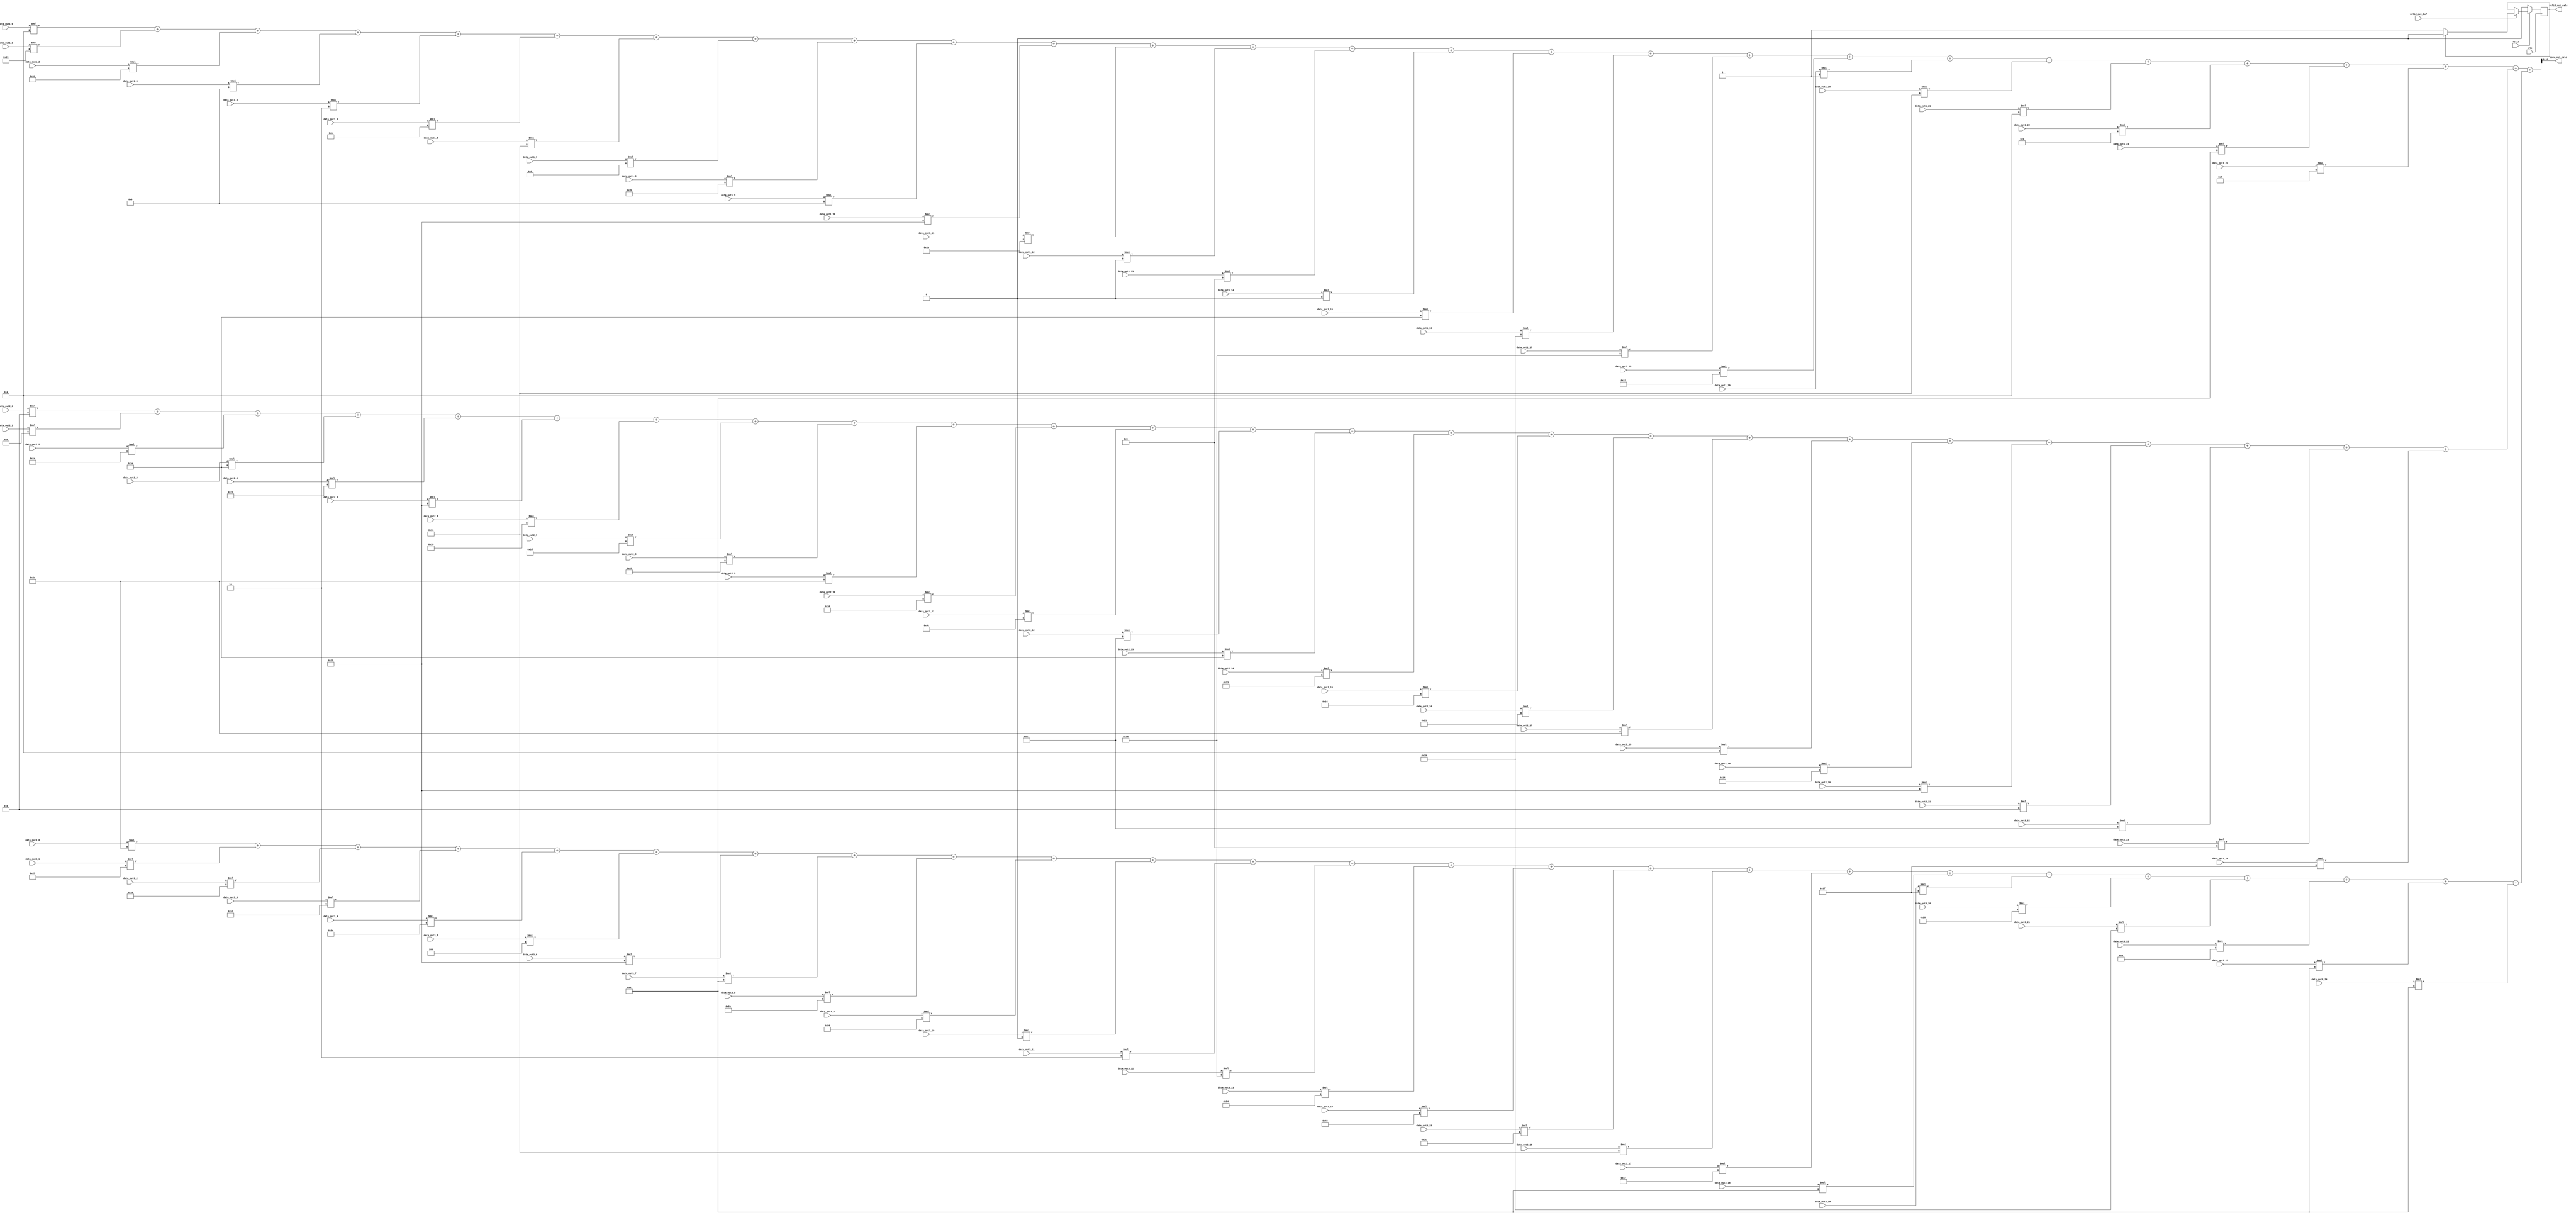
`timescale 1ns / 1ps

//  Design     : 2nd Convolution Layer for CNN MNIST dataset
//               Convolution Sum Calculation - 1st Channel

 module conv2_calc_3(
	input clk,
    input rst_n,
    input valid_out_buf,
	input signed [11:0] data_out1_0, data_out1_1, data_out1_2, data_out1_3, data_out1_4,
	  data_out1_5, data_out1_6, data_out1_7, data_out1_8, data_out1_9,
	  data_out1_10, data_out1_11, data_out1_12, data_out1_13, data_out1_14,
	  data_out1_15, data_out1_16, data_out1_17, data_out1_18, data_out1_19,
	  data_out1_20, data_out1_21, data_out1_22, data_out1_23, data_out1_24,
	
	  data_out2_0, data_out2_1, data_out2_2, data_out2_3, data_out2_4,
	  data_out2_5, data_out2_6, data_out2_7, data_out2_8, data_out2_9,
	  data_out2_10, data_out2_11, data_out2_12, data_out2_13, data_out2_14,
	  data_out2_15, data_out2_16, data_out2_17, data_out2_18, data_out2_19,
	  data_out2_20, data_out2_21, data_out2_22, data_out2_23, data_out2_24,
	
	  data_out3_0, data_out3_1, data_out3_2, data_out3_3, data_out3_4,
	  data_out3_5, data_out3_6, data_out3_7, data_out3_8, data_out3_9,
	  data_out3_10, data_out3_11, data_out3_12, data_out3_13, data_out3_14,
	  data_out3_15, data_out3_16, data_out3_17, data_out3_18, data_out3_19,
	  data_out3_20, data_out3_21, data_out3_22, data_out3_23, data_out3_24,

	output [13:0] conv_out_calc,
  	output reg valid_out_calc
);

wire signed [19:0] calc_out, calc_out_1, calc_out_2, calc_out_3;

wire signed [7:0] weight_1 [0:24];
wire signed [7:0] weight_2 [0:24];
wire signed [7:0] weight_3 [0:24];

assign weight_1[0] = 8'h04; //04
assign weight_1[1] = 8'he9;
assign weight_1[2] = 8'hf0;
assign weight_1[3] = 8'hf9;
assign weight_1[4] = 8'hfe;
assign weight_1[5] = 8'h0b;
assign weight_1[6] = 8'h16;
assign weight_1[7] = 8'h08;
assign weight_1[8] = 8'heb;
assign weight_1[9] = 8'hf9;
assign weight_1[10] = 8'h15;
assign weight_1[11] = 8'h1a;
assign weight_1[12] = 8'h00; //00
assign weight_1[13] = 8'h05;
assign weight_1[14] = 8'h00; //00
assign weight_1[15] = 8'h2e;
assign weight_1[16] = 8'h19;
assign weight_1[17] = 8'h10;
assign weight_1[18] = 8'h12;
assign weight_1[19] = 8'hff;
assign weight_1[20] = 8'h16;
assign weight_1[21] = 8'h04;
assign weight_1[22] = 8'hfd;
assign weight_1[23] = 8'hf8;
assign weight_1[24] = 8'h07;

assign weight_2[0] = 8'h02; //02;
assign weight_2[1] = 8'h0d;
assign weight_2[2] = 8'h1e;
assign weight_2[3] = 8'h2e;
assign weight_2[4] = 8'he3;
assign weight_2[5] = 8'h15;
assign weight_2[6] = 8'h18;
assign weight_2[7] = 8'h1d;
assign weight_2[8] = 8'h42;
assign weight_2[9] = 8'hea;
assign weight_2[10] = 8'he6;
assign weight_2[11] = 8'hcc;
assign weight_2[12] = 8'hf7;
assign weight_2[13] = 8'h2e;
assign weight_2[14] = 8'h13;
assign weight_2[15] = 8'he4;
assign weight_2[16] = 8'he1;
assign weight_2[17] = 8'hea;
assign weight_2[18] = 8'h04; //04
assign weight_2[19] = 8'h14;
assign weight_2[20] = 8'h15;
assign weight_2[21] = 8'h02; //02;
assign weight_2[22] = 8'hf7;
assign weight_2[23] = 8'h05;
assign weight_2[24] = 8'hdf;

assign weight_3[0] = 8'hea;
assign weight_3[1] = 8'he5;
assign weight_3[2] = 8'he8;
assign weight_3[3] = 8'hd2;
assign weight_3[4] = 8'hde;
assign weight_3[5] = 8'hfc;
assign weight_3[6] = 8'h15;
assign weight_3[7] = 8'hf8;
assign weight_3[8] = 8'hda;
assign weight_3[9] = 8'hd6;
assign weight_3[10] = 8'h00; //00
assign weight_3[11] = 8'hfe;
assign weight_3[12] = 8'h10;
assign weight_3[13] = 8'hd4;
assign weight_3[14] = 8'hc8;
assign weight_3[15] = 8'h1c;
assign weight_3[16] = 8'h16;
assign weight_3[17] = 8'h1f;
assign weight_3[18] = 8'hf8;
assign weight_3[19] = 8'hdf;
assign weight_3[20] = 8'h28;
assign weight_3[21] = 8'h19;
assign weight_3[22] = 8'h0a;
assign weight_3[23] = 8'hf8;
assign weight_3[24] = 8'hf8;



// integer is_fill = 0;

//always @(*) begin
//if(is_fill == 0) begin
////	$readmemh("C:/Users/DELL/Desktop/cnn/cnn.srcs/sources_1/new/data/conv2_weight_31.txt", weight_1);
////	$readmemh("C:/Users/DELL/Desktop/cnn/cnn.srcs/sources_1/new/data/conv2_weight_32.txt", weight_2);
////	$readmemh("C:/Users/DELL/Desktop/cnn/cnn.srcs/sources_1/new/data/conv2_weight_33.txt", weight_3);

//weight_1[0] <= 8'h04;
//weight_1[1] <= 8'he9;
//weight_1[2] <= 8'hf0;
//weight_1[3] <= 8'hf9;
//weight_1[4] <= 8'hfe;
//weight_1[5] <= 8'h0b;
//weight_1[6] <= 8'h16;
//weight_1[7] <= 8'h08;
//weight_1[8] <= 8'heb;
//weight_1[9] <= 8'hf9;
//weight_1[10] <= 8'h15;
//weight_1[11] <= 8'h1a;
//weight_1[12] <= 8'h00;
//weight_1[13] <= 8'h05;
//weight_1[14] <= 8'h00;
//weight_1[15] <= 8'h2e;
//weight_1[16] <= 8'h19;
//weight_1[17] <= 8'h10;
//weight_1[18] <= 8'h12;
//weight_1[19] <= 8'hff;
//weight_1[20] <= 8'h16;
//weight_1[21] <= 8'h04;
//weight_1[22] <= 8'hfd;
//weight_1[23] <= 8'hf8;
//weight_1[24] <= 8'h07;

//weight_2[0] <= 8'h02;
//weight_2[1] <= 8'h0d;
//weight_2[2] <= 8'h1e;
//weight_2[3] <= 8'h2e;
//weight_2[4] <= 8'he3;
//weight_2[5] <= 8'h15;
//weight_2[6] <= 8'h18;
//weight_2[7] <= 8'h1d;
//weight_2[8] <= 8'h42;
//weight_2[9] <= 8'hea;
//weight_2[10] <= 8'he6;
//weight_2[11] <= 8'hcc;
//weight_2[12] <= 8'hf7;
//weight_2[13] <= 8'h2e;
//weight_2[14] <= 8'h13;
//weight_2[15] <= 8'he4;
//weight_2[16] <= 8'he1;
//weight_2[17] <= 8'hea;
//weight_2[18] <= 8'h04;
//weight_2[19] <= 8'h14;
//weight_2[20] <= 8'h15;
//weight_2[21] <= 8'h02;
//weight_2[22] <= 8'hf7;
//weight_2[23] <= 8'h05;
//weight_2[24] <= 8'hdf;

//weight_3[0] <= 8'hea;
//weight_3[1] <= 8'he5;
//weight_3[2] <= 8'he8;
//weight_3[3] <= 8'hd2;
//weight_3[4] <= 8'hde;
//weight_3[5] <= 8'hfc;
//weight_3[6] <= 8'h15;
//weight_3[7] <= 8'hf8;
//weight_3[8] <= 8'hda;
//weight_3[9] <= 8'hd6;
//weight_3[10] <= 8'h00;
//weight_3[11] <= 8'hfe;
//weight_3[12] <= 8'h10;
//weight_3[13] <= 8'hd4;
//weight_3[14] <= 8'hc8;
//weight_3[15] <= 8'h1c;
//weight_3[16] <= 8'h16;
//weight_3[17] <= 8'h1f;
//weight_3[18] <= 8'hf8;
//weight_3[19] <= 8'hdf;
//weight_3[20] <= 8'h28;
//weight_3[21] <= 8'h19;
//weight_3[22] <= 8'h0a;
//weight_3[23] <= 8'hf8;
//weight_3[24] <= 8'hf8;

//is_fill <= 1;

//end
//end

assign calc_out_1 = data_out1_0*weight_1[0] + data_out1_1*weight_1[1] + data_out1_2*weight_1[2] + data_out1_3*weight_1[3] + data_out1_4*weight_1[4] + 
					data_out1_5*weight_1[5] + data_out1_6*weight_1[6] + data_out1_7*weight_1[7] + data_out1_8*weight_1[8] + data_out1_9*weight_1[9] + 
					data_out1_10*weight_1[10] + data_out1_11*weight_1[11] + data_out1_12*weight_1[12] + data_out1_13*weight_1[13] + data_out1_14*weight_1[14] + 
					data_out1_15*weight_1[15] + data_out1_16*weight_1[16] + data_out1_17*weight_1[17] + data_out1_18*weight_1[18] + data_out1_19*weight_1[19] + 
					data_out1_20*weight_1[20] + data_out1_21*weight_1[21] + data_out1_22*weight_1[22] + data_out1_23*weight_1[23] + data_out1_24*weight_1[24];

assign calc_out_2 = data_out2_0*weight_2[0] + data_out2_1*weight_2[1] + data_out2_2*weight_2[2] + data_out2_3*weight_2[3] + data_out2_4*weight_2[4] + 
					data_out2_5*weight_2[5] + data_out2_6*weight_2[6] + data_out2_7*weight_2[7] + data_out2_8*weight_2[8] + data_out2_9*weight_2[9] + 
					data_out2_10*weight_2[10] + data_out2_11*weight_2[11] + data_out2_12*weight_2[12] + data_out2_13*weight_2[13] + data_out2_14*weight_2[14] + 
					data_out2_15*weight_2[15] + data_out2_16*weight_2[16] + data_out2_17*weight_2[17] + data_out2_18*weight_2[18] + data_out2_19*weight_2[19] + 
					data_out2_20*weight_2[20] + data_out2_21*weight_2[21] + data_out2_22*weight_2[22] + data_out2_23*weight_2[23] + data_out2_24*weight_2[24];

assign calc_out_3 = data_out3_0*weight_3[0] + data_out3_1*weight_3[1] + data_out3_2*weight_3[2] + data_out3_3*weight_3[3] + data_out3_4*weight_3[4] + 
					data_out3_5*weight_3[5] + data_out3_6*weight_3[6] + data_out3_7*weight_3[7] + data_out3_8*weight_3[8] + data_out3_9*weight_3[9] + 
					data_out3_10*weight_3[10] + data_out3_11*weight_3[11] + data_out3_12*weight_3[12] + data_out3_13*weight_3[13] + data_out3_14*weight_3[14] + 
					data_out3_15*weight_3[15] + data_out3_16*weight_3[16] + data_out3_17*weight_3[17] + data_out3_18*weight_3[18] + data_out3_19*weight_3[19] + 
					data_out3_20*weight_3[20] + data_out3_21*weight_3[21] + data_out3_22*weight_3[22] + data_out3_23*weight_3[23] + data_out3_24*weight_3[24];

assign calc_out = calc_out_1 + calc_out_2 + calc_out_3;

//reg signed [19:0] calc_out, calc_out_1, calc_out_2, calc_out_3;

assign conv_out_calc = calc_out[19:6]; // 14bit

always @ (posedge clk) begin
	if(~rst_n) begin
		valid_out_calc <= 0;
    //conv_out_calc <= 0;
	end
	else begin
		// Toggling Valid Output Signal
		if(valid_out_buf == 1) begin
			if(valid_out_calc == 1)
				valid_out_calc <= 0;
			else
				valid_out_calc <= 1;
		end
	end
end

//integer state;
//always @ (posedge clk) begin
//	if(~rst_n) begin
//	   valid_out_calc <= 0;
//	   state <= 0;
//    //conv_out_calc <= 0;
//	   end
//	else begin
//		// Toggling Valid Output Signal
//	   if(valid_out_buf == 1) begin
//	       if(valid_out_calc == 1) begin
//	           valid_out_calc <= 0;
//	           state <= 0;
//	           end
//	       else if (state == 0) begin
//	           calc_out_1 <= data_out1_0*weight_1[0] + data_out1_1*weight_1[1] + data_out1_2*weight_1[2] + data_out1_3*weight_1[3] + data_out1_4*weight_1[4] + 
//                               data_out1_5*weight_1[5] + data_out1_6*weight_1[6] + data_out1_7*weight_1[7] + data_out1_8*weight_1[8] + data_out1_9*weight_1[9] + 
//                               data_out1_10*weight_1[10] + data_out1_11*weight_1[11] + data_out1_12*weight_1[12] + data_out1_13*weight_1[13] + data_out1_14*weight_1[14] + 
//                               data_out1_15*weight_1[15] + data_out1_16*weight_1[16] + data_out1_17*weight_1[17] + data_out1_18*weight_1[18] + data_out1_19*weight_1[19] + 
//                               data_out1_20*weight_1[20] + data_out1_21*weight_1[21] + data_out1_22*weight_1[22] + data_out1_23*weight_1[23] + data_out1_24*weight_1[24];
//	           state <= 1;
//	           end
//	       else if (state == 1) begin
//               calc_out_2 <= data_out2_0*weight_2[0] + data_out2_1*weight_2[1] + data_out2_2*weight_2[2] + data_out2_3*weight_2[3] + data_out2_4*weight_2[4] + 
//                               data_out2_5*weight_2[5] + data_out2_6*weight_2[6] + data_out2_7*weight_2[7] + data_out2_8*weight_2[8] + data_out2_9*weight_2[9] + 
//                               data_out2_10*weight_2[10] + data_out2_11*weight_2[11] + data_out2_12*weight_2[12] + data_out2_13*weight_2[13] + data_out2_14*weight_2[14] + 
//                               data_out2_15*weight_2[15] + data_out2_16*weight_2[16] + data_out2_17*weight_2[17] + data_out2_18*weight_2[18] + data_out2_19*weight_2[19] + 
//                               data_out2_20*weight_2[20] + data_out2_21*weight_2[21] + data_out2_22*weight_2[22] + data_out2_23*weight_2[23] + data_out2_24*weight_2[24];

//               state <= 2;         
//               end
//           else if (state == 2) begin
//               calc_out_3 <= data_out3_0*weight_3[0] + data_out3_1*weight_3[1] + data_out3_2*weight_3[2] + data_out3_3*weight_3[3] + data_out3_4*weight_3[4] + 
//                               data_out3_5*weight_3[5] + data_out3_6*weight_3[6] + data_out3_7*weight_3[7] + data_out3_8*weight_3[8] + data_out3_9*weight_3[9] + 
//                               data_out3_10*weight_3[10] + data_out3_11*weight_3[11] + data_out3_12*weight_3[12] + data_out3_13*weight_3[13] + data_out3_14*weight_3[14] + 
//                               data_out3_15*weight_3[15] + data_out3_16*weight_3[16] + data_out3_17*weight_3[17] + data_out3_18*weight_3[18] + data_out3_19*weight_3[19] + 
//                               data_out3_20*weight_3[20] + data_out3_21*weight_3[21] + data_out3_22*weight_3[22] + data_out3_23*weight_3[23] + data_out3_24*weight_3[24];
//               calc_out <= calc_out_1 + calc_out_2 + calc_out_3;
//               valid_out_calc <= 1;                    
//               end
//		end
//	end
//end

endmodule